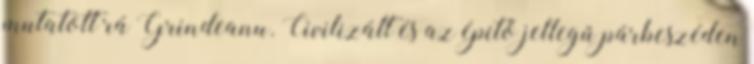
mutatott rá Grindeanu. Civilizált és az építő jellegű párbeszéden